Serum-therapy of plague in India - Number 20
Disease focus: Plague
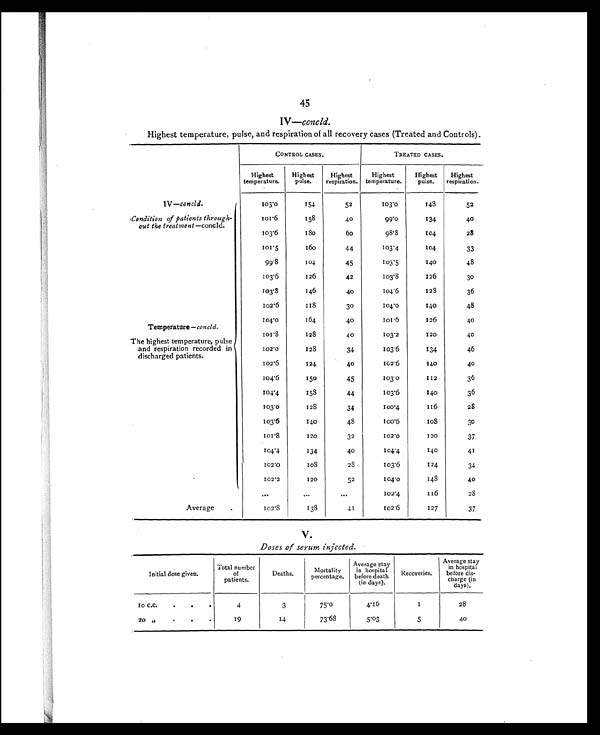
45
IV—concld.
Highest temperature, pulse, and respiration of all recovery cases (Treated and Controls).
CONTROL CASES.
TREATED CASES.
Highest
temperature.
Highest
pulse.
Highest
respiration.
Highest
temperature.
Highest
pulse.
Highest
respiration.
IV —concld.
Condition of patients through-
out the treatment—concld.
Temperature — concld.
The highest temperature, pulse
and respiration recorded in
discharged patients.
103.0
154
52
103.0
148
52
101.6
158
40
99.o
134
40
103.6
18o
6o
98.8
104
28
101.5
160
44
103.4
104
33
99.8
104
45
103.5
140
48
103 . 6
126
42
103.8
126
30
103.8
146
40
104'6
123
36
102.6
118
30
104.0
140
48
104.0
164
40
101.6
126
40
101.8
128
40
103.2
120
40
102.0
128
34.
103.6
134
46
102.6
124
40
102.6
140
40
104.6
150
45
103.0
112
36
104.4
158
44
103.6
140
36
103.0
128
34
100.4
116
28
103.6
140
48
100.6
108
30
1 0 1 . 8
120
32
102.0
120
37
104.4
134
40
104.4
140
41
102.0
1 0 8
28
103.6
124
34
102.2
120
52
104.0
148
40
. . .
. . .
. . .
102.4
I16
28
Average
.
102.8
138
41
102.6
127
37
V.
Doses of serum injected.
Initial dose given.
Total number
of
patients.
Deaths.
Mortality
percentage.
Average stay
in hospital
before death
(in days).
Recoveries .
Average
s t a y
in hospital
before dis-
charge (in
days).
10 c.c.
.
.
.
4
3
75. 0
4'16
1
28
20 "
. . .
19
14
73.68
5.03
5
40